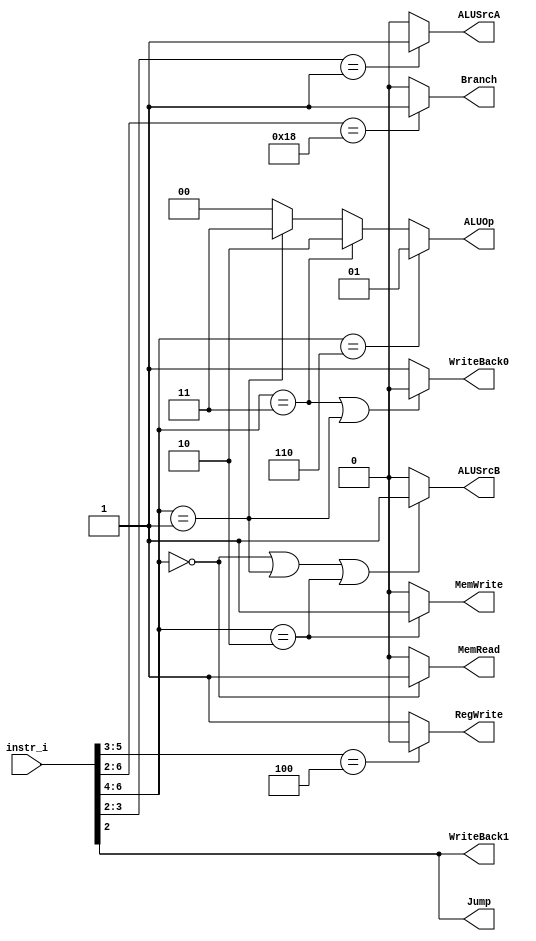

`timescale 1ns/1ps

module Decoder(
    input   [7-1:0]     instr_i,
    output              RegWrite,
    output              Branch,
    output              Jump,
    output              WriteBack1,
    output              WriteBack0,
    output              MemRead,
    output              MemWrite,
    output              ALUSrcA,
    output              ALUSrcB,
    output  [2-1:0]     ALUOp
);

/* Write your code HERE */

wire [7-1:0]opcode;
wire [3-1:0]funct3;

assign opcode = instr_i[6:0];
assign funct3 = instr_i[14:12];



assign RegWrite = (opcode[5:3] == 3'b100)? 0 : 1 ;
// except for sw beq
assign Branch = (opcode[6:2] == 5'b11000)? 1 : 0 ;
// branch
assign Jump = instr_i[2];
// jal or jalr
assign WriteBack0 = (opcode[6:4] == 3'b011 || opcode[6:4] == 3'b001)? 0 : 1;
// Rtype or addi use result  directly
assign WriteBack1 = instr_i[2];
// only jal or jalr need 
assign MemRead = (opcode[6:4] == 3'b000)? 1 : 0 ;
// only lw
assign MemWrite = (opcode[6:4] == 3'b010)? 1 : 0 ;
// only sw
assign ALUSrcA = ( opcode[3:2] == 2'b01 )? 1 : 0 ;
// only jalr need choose 1 (use src1 + imme)
assign ALUSrcB = (opcode[6:4] == 3'b000 || opcode[6:4] == 3'b001 || opcode[6:4] == 3'b010 )? 1 : 0 ;
// only addi or lw or sw take imme
assign ALUOp[1:0] = (opcode[6:4] == 3'b110)? 2'b01 : (opcode[6:4] == 3'b011)? 2'b10 : (opcode[6:4] == 3'b001)? 2'b11 : 2'b00 ;
// r-type => 10 ; branch => 01 ; lw/sw => 00 ; addi => 11



endmodule